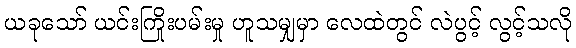
ယခုသော် ယင်းကြိုးပမ်းမှု ဟူသမျှမှာ လေထဲတွင် လဲပွင့် လွင့်သလို